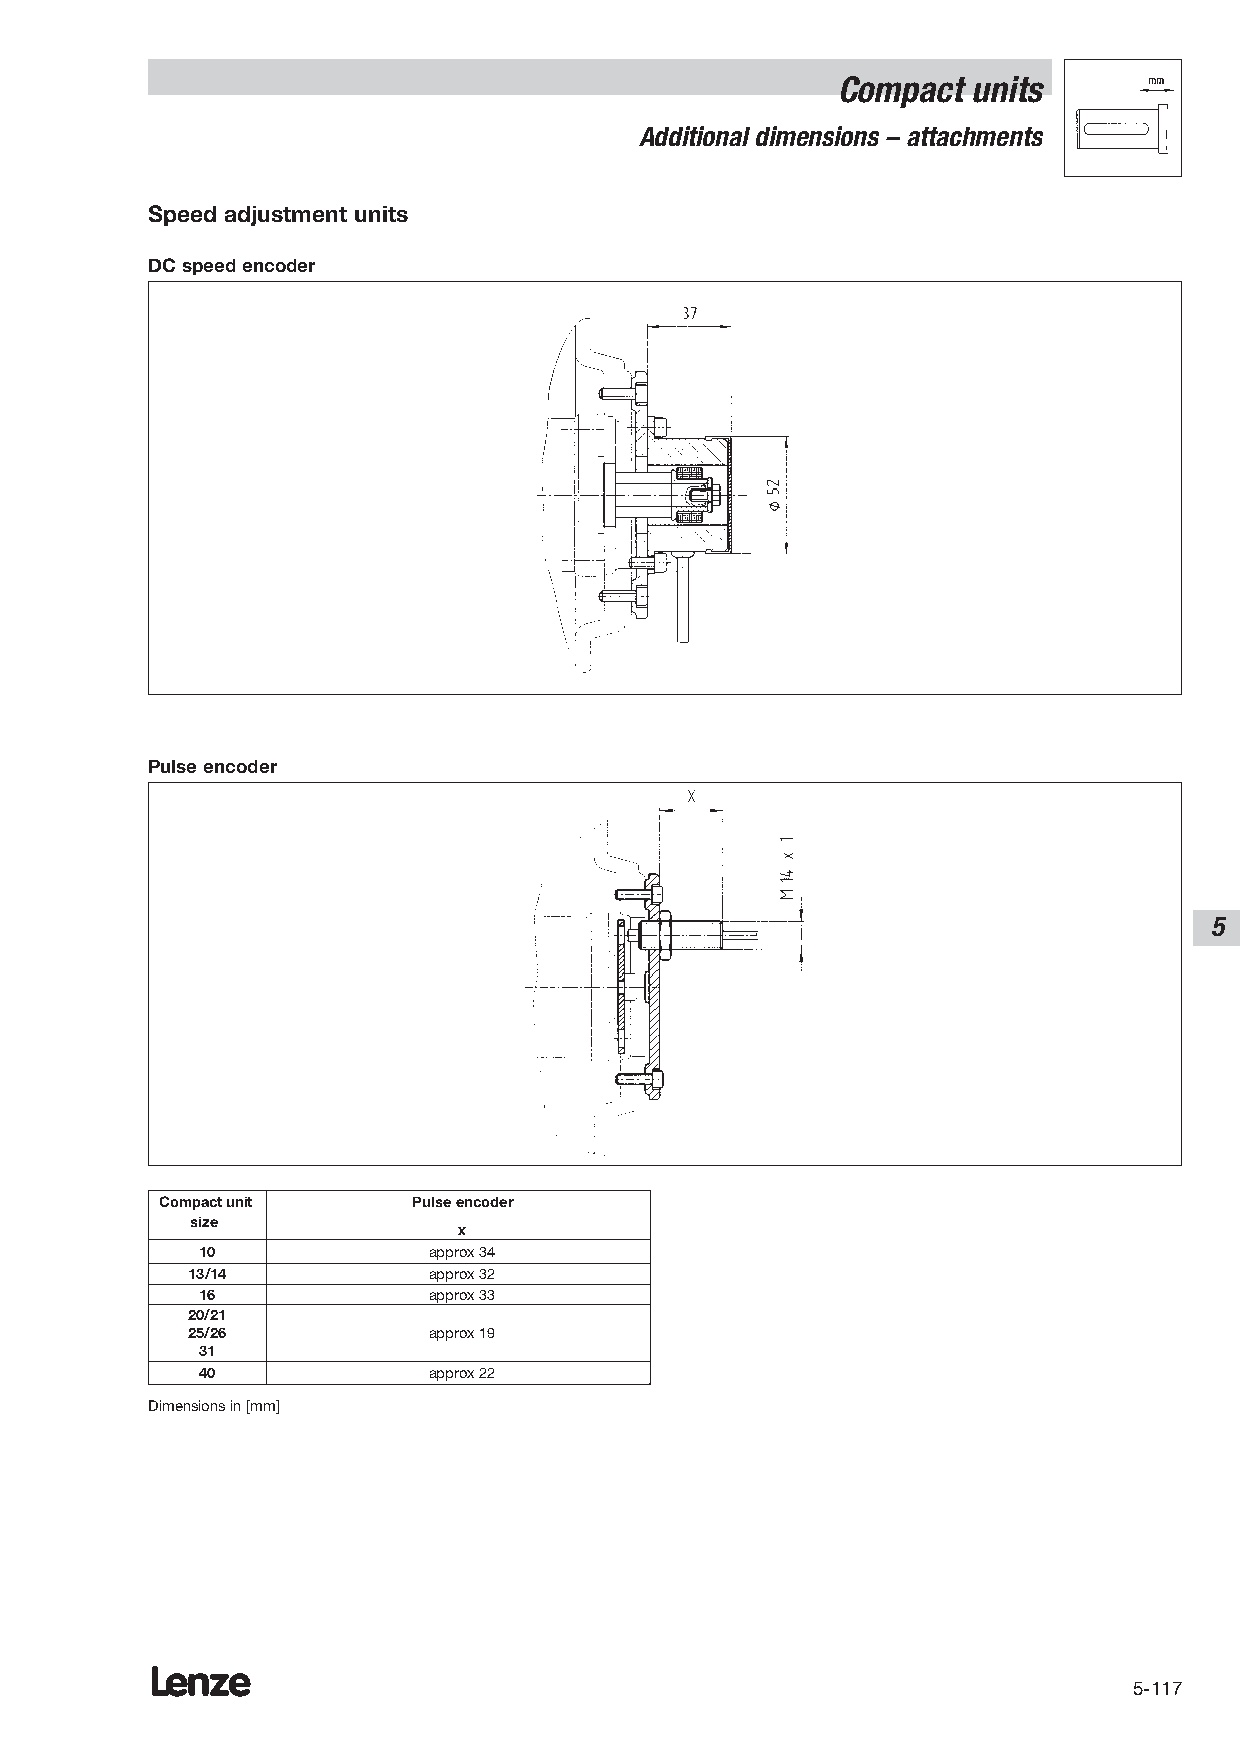
Compact  units
 Additional dimensions – attachments
 Speed adjustment units
 DC speed encoder
 Pulse encoder
 5
 Compact unit    Pulse encoder
 size
 x
 10             approx 34
 13/14           approx 32
 16             approx 33
 20/21
 25/26           approx 19
 31
 40             approx 22
 Dimensions in [mm]
 Lenze
 5-117